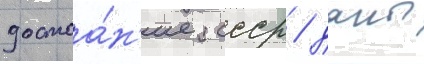
достоа́н'ие ссср / даны